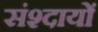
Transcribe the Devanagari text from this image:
संश्दायों